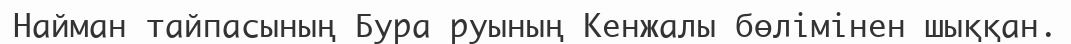
Найман тайпасының Бура руының Кенжалы бөлімінен шыққан.